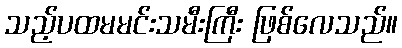
သည့်ပထမမင်းသမီးကြီး ဖြစ်လေသည်။